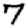
Digit: 7